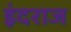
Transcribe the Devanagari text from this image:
इंदराज